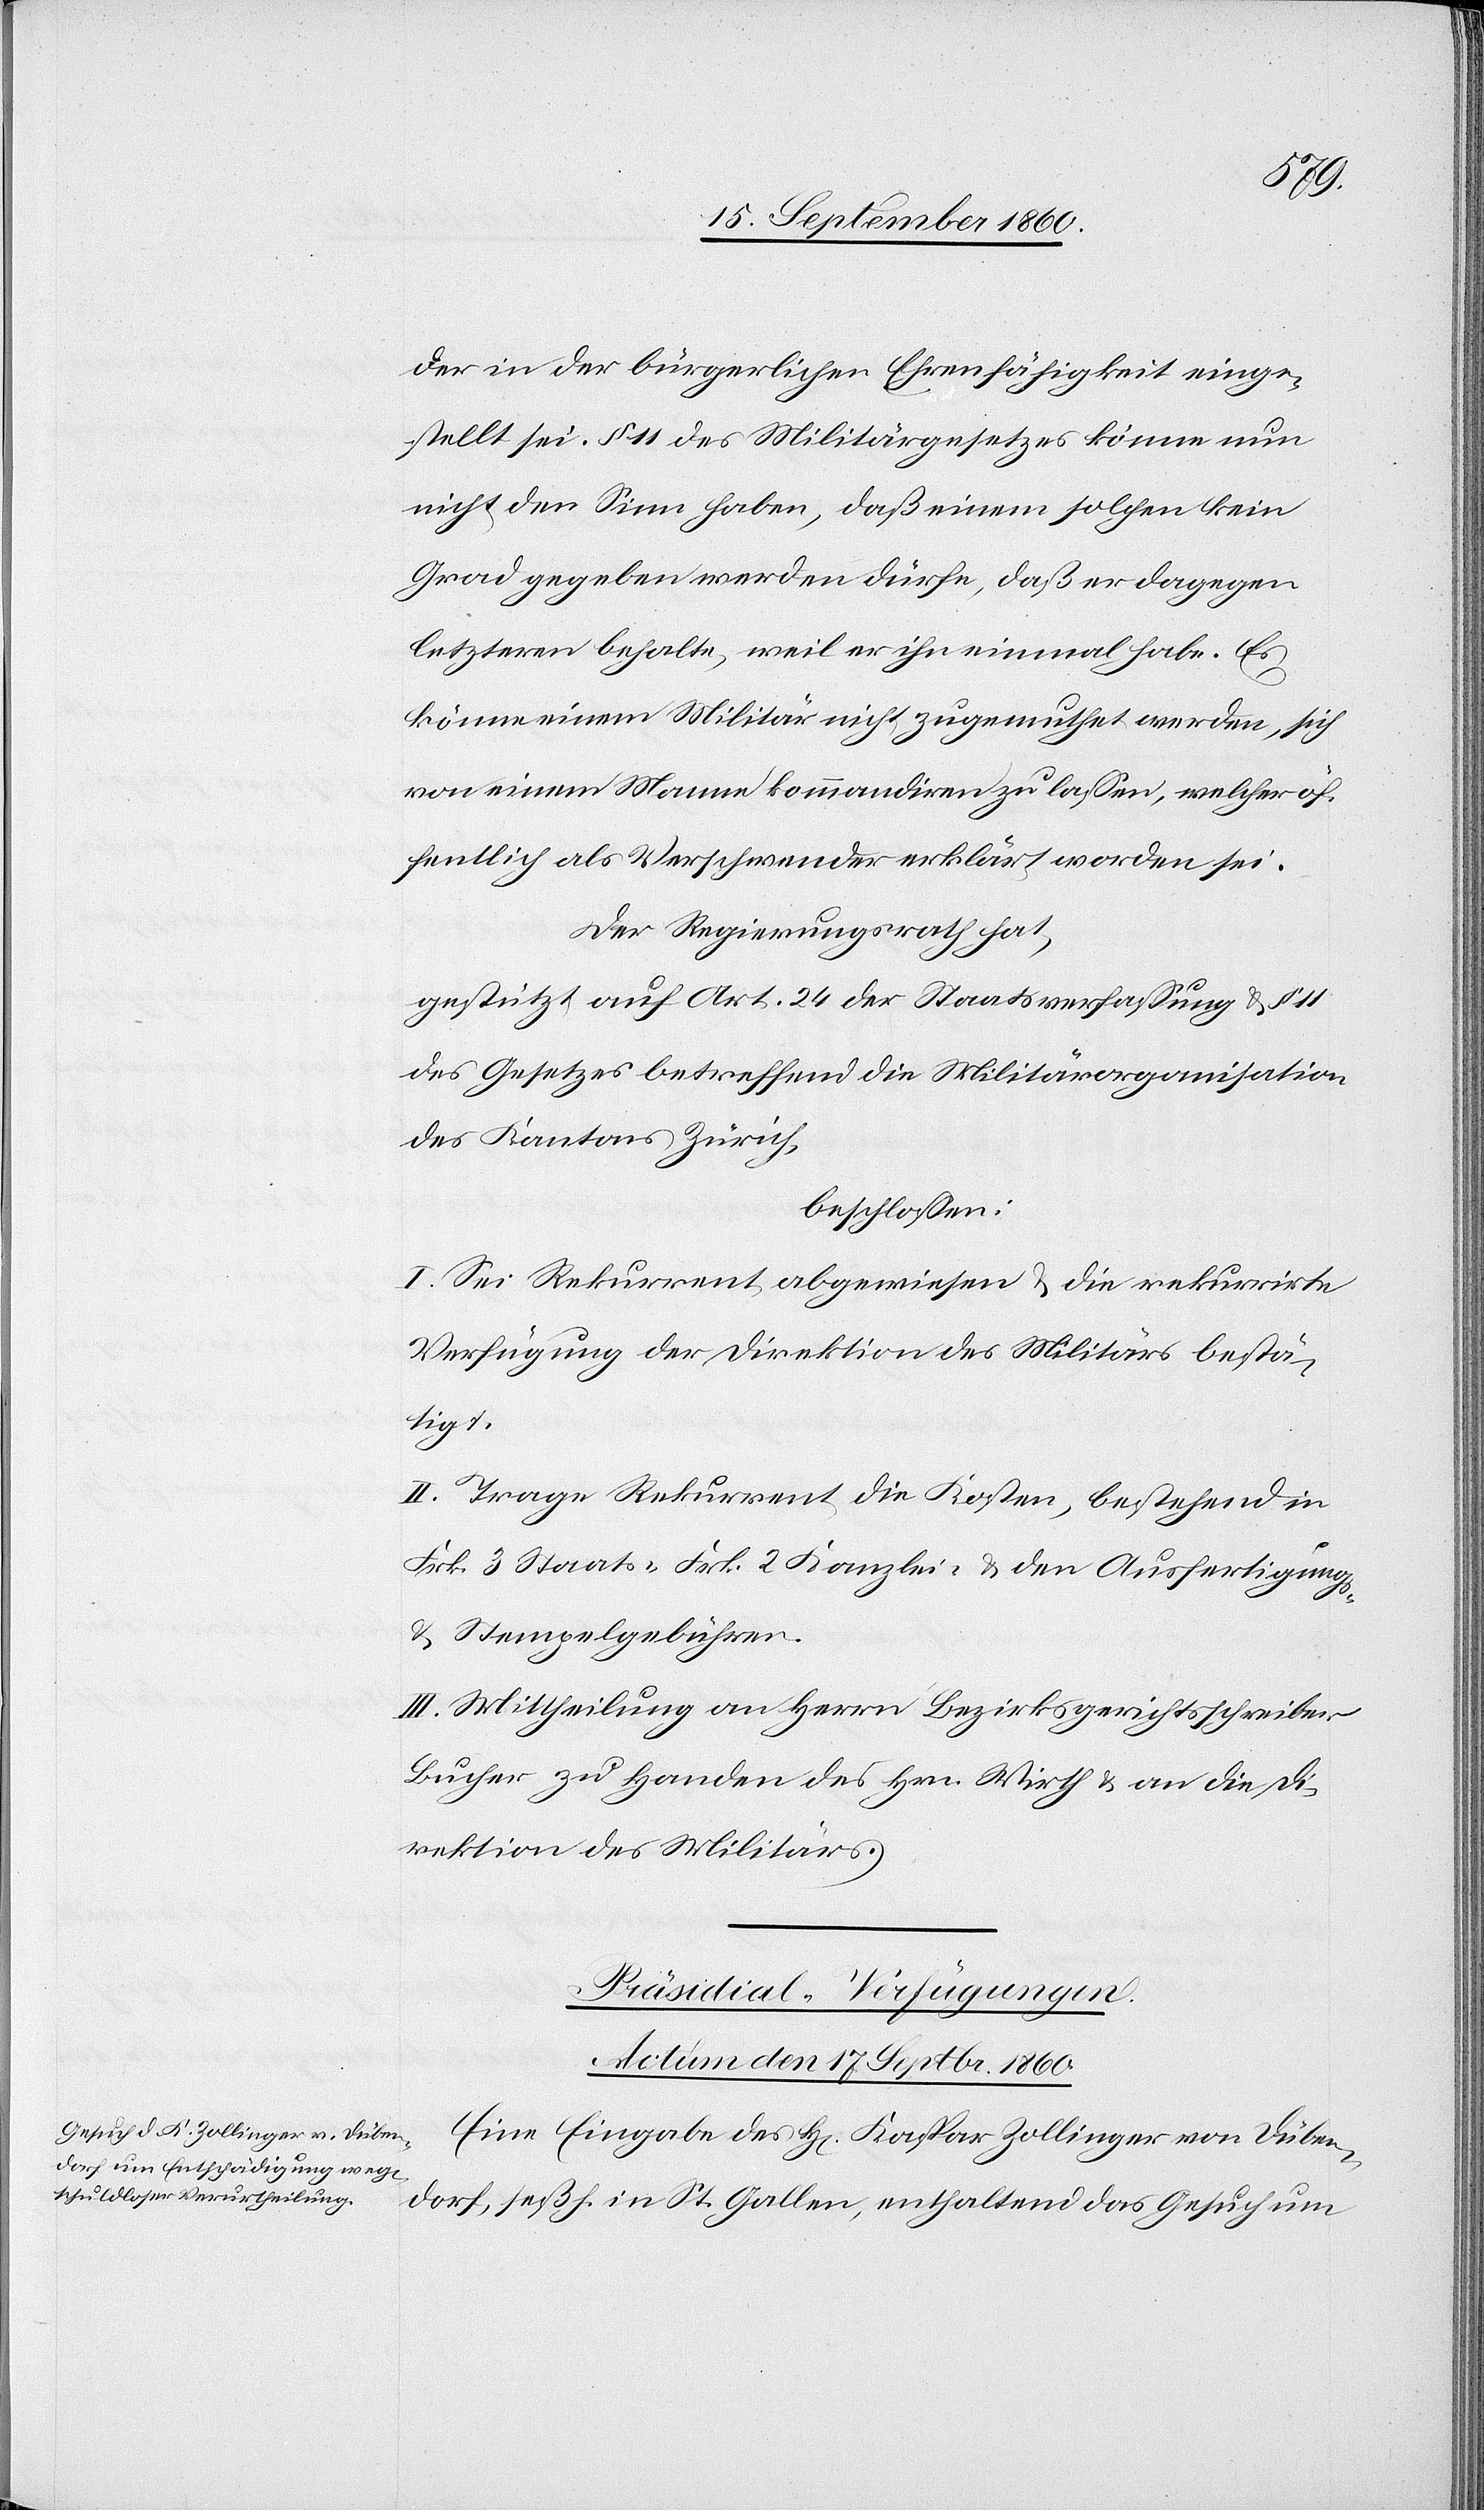
der in der bürgerlichen Ehrenfähigkeit einge¬
stellt sei. § 11 des Militärgesetzes könne nun
nicht den Sinn haben, daß einem solchen kein
Grad gegeben werden dürfe, daß er dagegen
letzteren behalte, weil er ihn einmal habe. Es
könne einem Militär nicht zugemuthet werden, sich
von einem Manne kommandiren zu lassen, welcher öf¬
fentlich als Verschwender erklärt worden sei.
Der Regierungsrath hat,
gestützt auf Art. 24 der Staatsverfassung & § 11
des Gesetzes betreffend die Militärorganisation
des Kantons Zürich,
beschlossen:
I. Sei Rekurrent abgewiesen & die rekurrirte
Verfügung der Direktion des Militärs bestä¬
tigt.
II. Trage Rekurrent die Kosten, bestehend in
Frk. 3 Staats-[,] Frk. 2 Kanzlei- & den Ausfertigungs-
& Stempelgebühren.
III. Mittheilung an Herrn Bezirksgerichtsschreiber
Bucher zu Handen des Hrn. Wirth & an die Di¬
rektion des Militärs.
Präsidial-Verfügungen.
Actum den 17. Septbr. 1860.
Eine Eingabe des H[errn] Kaspar Zollinger von Düben¬
dorf, seßh. in St. Gallen, enthaltend das Gesuch um